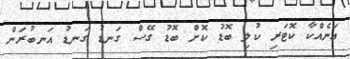
އަނެއްކާ ކޮޓަރި ކުލި ބޮޑު ކޮށް ބޮޑު ގޭސް ގަނޑު ގަނޑު އަނބުރަން